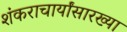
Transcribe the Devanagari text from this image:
शंकराचार्यांसारख्या